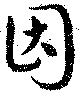
因